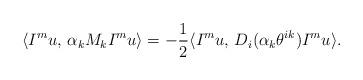
LaTeX: \begin{align*}\langle I^mu,\,\alpha_kM_kI^mu\rangle=-\frac{1}{2}\langle I^mu,\,D_i(\alpha_k\theta^{ik})I^mu\rangle.\end{align*}